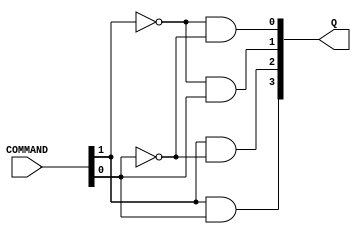
module Command_decoder(
    input wire [0:1]COMMAND,
    output wire [0:3]Q
    );

// 00 -> 0001  -> NOT_B
// 01 -> 0010  -> A_OR_B
// 10 -> 0100  -> A_AND_B
// 11 -> 1000  -> SUM

assign Q[0] = COMMAND[0] & COMMAND[1];
assign Q[1] = COMMAND[0] & ~COMMAND[1];
assign Q[2] = ~COMMAND[0] & COMMAND[1];
assign Q[3] = ~COMMAND[0] & ~COMMAND[1];

endmodule


module Sum(
    input wire ENABLE,
    input wire A,
    input wire B,
    output wire SUM,
    output wire CARRY
    );

assign {CARRY, SUM} = ((ENABLE & A) + (ENABLE & B));

endmodule

module Logic_unit(
    input wire [0:2]COMMAND,
    input wire A,
    input wire B,
    output wire NOT_B,
    output wire A_OR_B,
    output wire A_AND_B
    );

assign NOT_B =  COMMAND[2] & (~B);

assign A_OR_B = ((COMMAND[1] & A) | (COMMAND[1] & B));

assign A_AND_B = ((COMMAND[0] & A) & (COMMAND[0] & B));

endmodule


module Alu(
    input wire A,
    input wire B,
    input wire [0:1]COMMAND,
    output wire RES,
    output wire CARRY
    );


wire [0:3]Q;
wire NOT_B, A_AND_B, A_OR_B, SUM;

Command_decoder com_imp(COMMAND, Q);
Sum sum_imp(Q[0], A, B, SUM ,CARRY);
Logic_unit logic_imp(Q[1:3], A, B, NOT_B, A_OR_B, A_AND_B);

assign RES = NOT_B | A_AND_B | A_OR_B | SUM;
endmodule

module test_alu;

reg [0:1]com;
reg a,b;
wire res, carry;

Alu alu_imp(a, b, com, res, carry);


initial
begin
   a = 1;
   b = 1;
   com = 2'b00;

   #10 com = 2'b01;

   #10 com = 2'b10;

   #10 com = 2'b11;

   #10 a = 0;
   b = 1;

   #10 com = 2'b00;

    #10 com = 2'b01;

   #10 com = 2'b10;

   #10 com = 2'b11;

end

initial
begin
  #150 $finish;
end

initial
begin
    $dumpfile("out.vcd");
    $dumpvars(0, test_alu);
end

endmodule